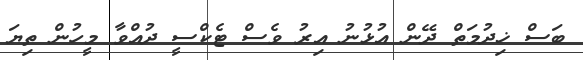
ބަސް ޚިދުމަތް ދޭން އުޅުނު އިރު ވެސް ޓެކްސީ ދުއްވާ މީހުން ތިޔަ